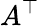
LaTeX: A^{\top}